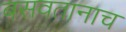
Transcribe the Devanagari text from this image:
बसवतानाच